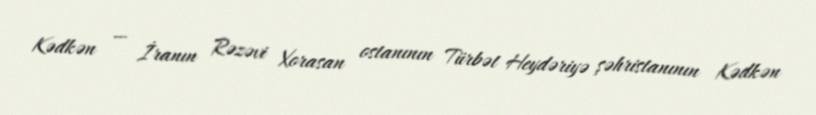
Kədkən — İranın Rəzəvi Xorasan ostanının Türbət Heydəriyə şəhristanının Kədkən